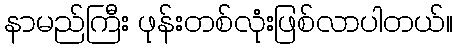
နာမည်ကြီး ဖုန်းတစ်လုံးဖြစ်လာပါတယ်။